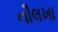
નૌલખા